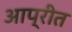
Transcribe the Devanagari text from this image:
आप्रीत